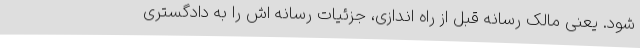
شود. یعنی مالک رسانه قبل از راه اندازی، جزئیات رسانه اش را به دادگستری